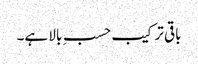
باقی ترکیب حسبِ بالا ہے۔